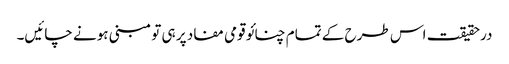
درحقیقت اس طرح کے تمام چنائو قومی مفاد پر ہی تو مبنی ہونے چائیں۔